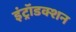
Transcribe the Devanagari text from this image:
इंट्रॉडक्शन